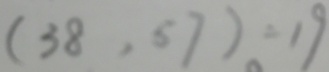
( 3 8 , 5 7 ) = 1 9